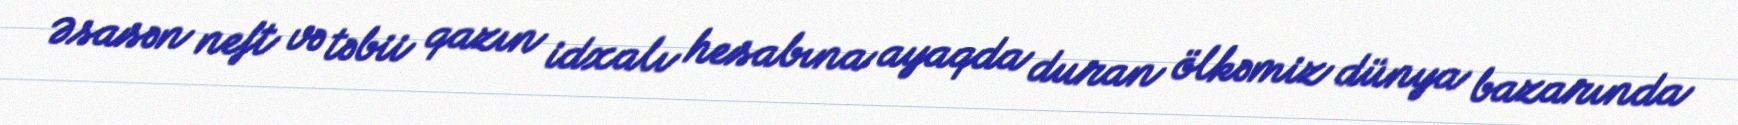
Əsasən neft və təbii qazın idxalı hesabına ayaqda duran ölkəmiz dünya bazarında